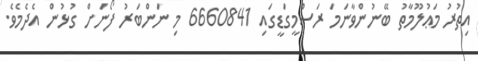
އިތުރު މަޢުލޫމާތު ބޭނުންވާނަމަ ރަސްމީގަޑީގައި 6660841 މި ނަންބަރު ފޯނަށް ގުޅުން އެދެމެވެ.